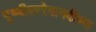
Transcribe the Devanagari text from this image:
पृथ्वीवररेवानदीच्या